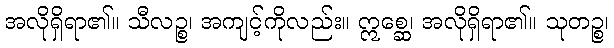
အလိုရှိရာ၏။ သီလဉ္စ၊ အကျင့်ကိုလည်း။ ဣစ္ဆေ၊ အလိုရှိရာ၏။ သုတဉ္စ၊